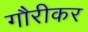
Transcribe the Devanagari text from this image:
गौरीकर